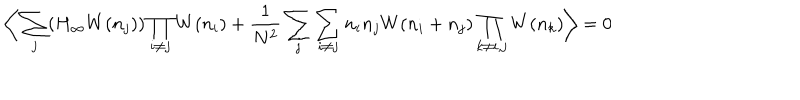
LaTeX: \bigg \langle \sum _ { j } ( H _ { \infty } W ( n _ { j } ) ) \prod _ { i \not = j } W ( n _ { i } ) + { \frac { 1 } { N ^ { 2 } } } \sum _ { j } \sum _ { i \not = j } n _ { i } n _ { j } W ( n _ { i } + n _ { j } ) \prod _ { k \not = i , j } W ( n _ { k } ) \bigg \rangle = 0